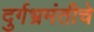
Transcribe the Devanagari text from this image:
दुर्गभ्रमंतीचे